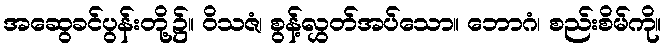
အဆွေခင်ပွန်းတို့၌။ ဝိသဇံ၊ စွန့်လွှတ်အပ်သော။ ဘောဂံ၊ စည်းစိမ်ကို။